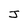
Character: J